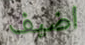
اضيف